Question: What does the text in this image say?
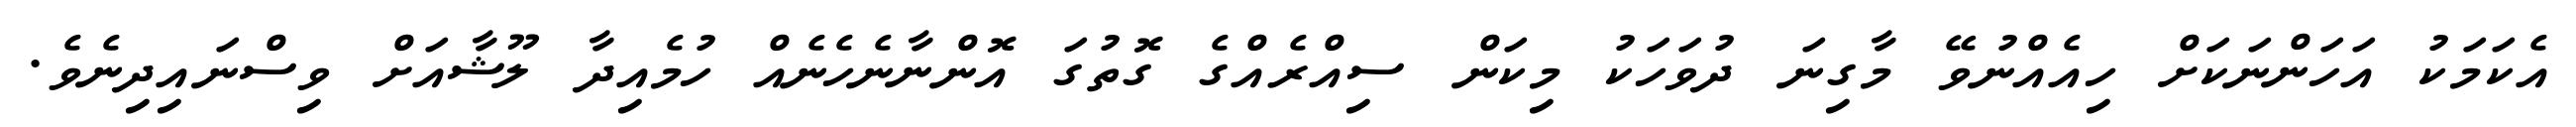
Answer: އެކަމަކު އަހަންނަކަށް ހިއެއްނުވޭ މާގިނަ ދުވަހަކު މިކަން ސިއްރެއްގެ ގޮތުގަ އޮންނާނެހެނެއް ހުމެއިދާ ލޫޝާއަށް ވިސްނައިދިނެވެ.